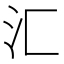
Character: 汇